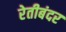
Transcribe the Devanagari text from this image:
रेतीबंदर